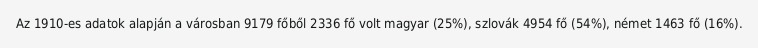
Az 1910-es adatok alapján a városban 9179 főből 2336 fő volt magyar (25%), szlovák 4954 fő (54%), német 1463 fő (16%).